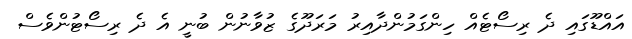
އައްޑޫގައި ދެ ރިސޯޓެއް ހިންގަމުންދާއިރު މަރަދޫގެ ޒުވާނުން ބުނީ އެ ދެ ރިސޯޓުންވެސް